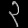
Digit: ၃